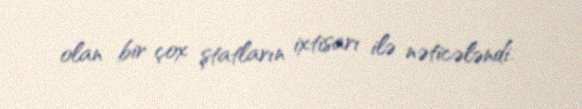
olan bir çox ştatların ixtisarı ilə nəticələndi.